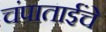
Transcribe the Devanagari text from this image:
चंपाताईंचे